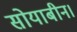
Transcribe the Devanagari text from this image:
सोयाबीन।